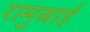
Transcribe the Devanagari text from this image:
रामुबाई